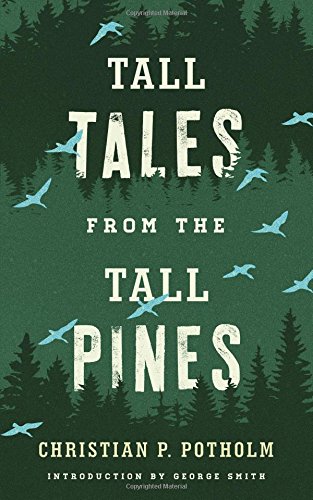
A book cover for Tall Tales from the Tall Pines; Christian P. Potholm; Sports & Outdoors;